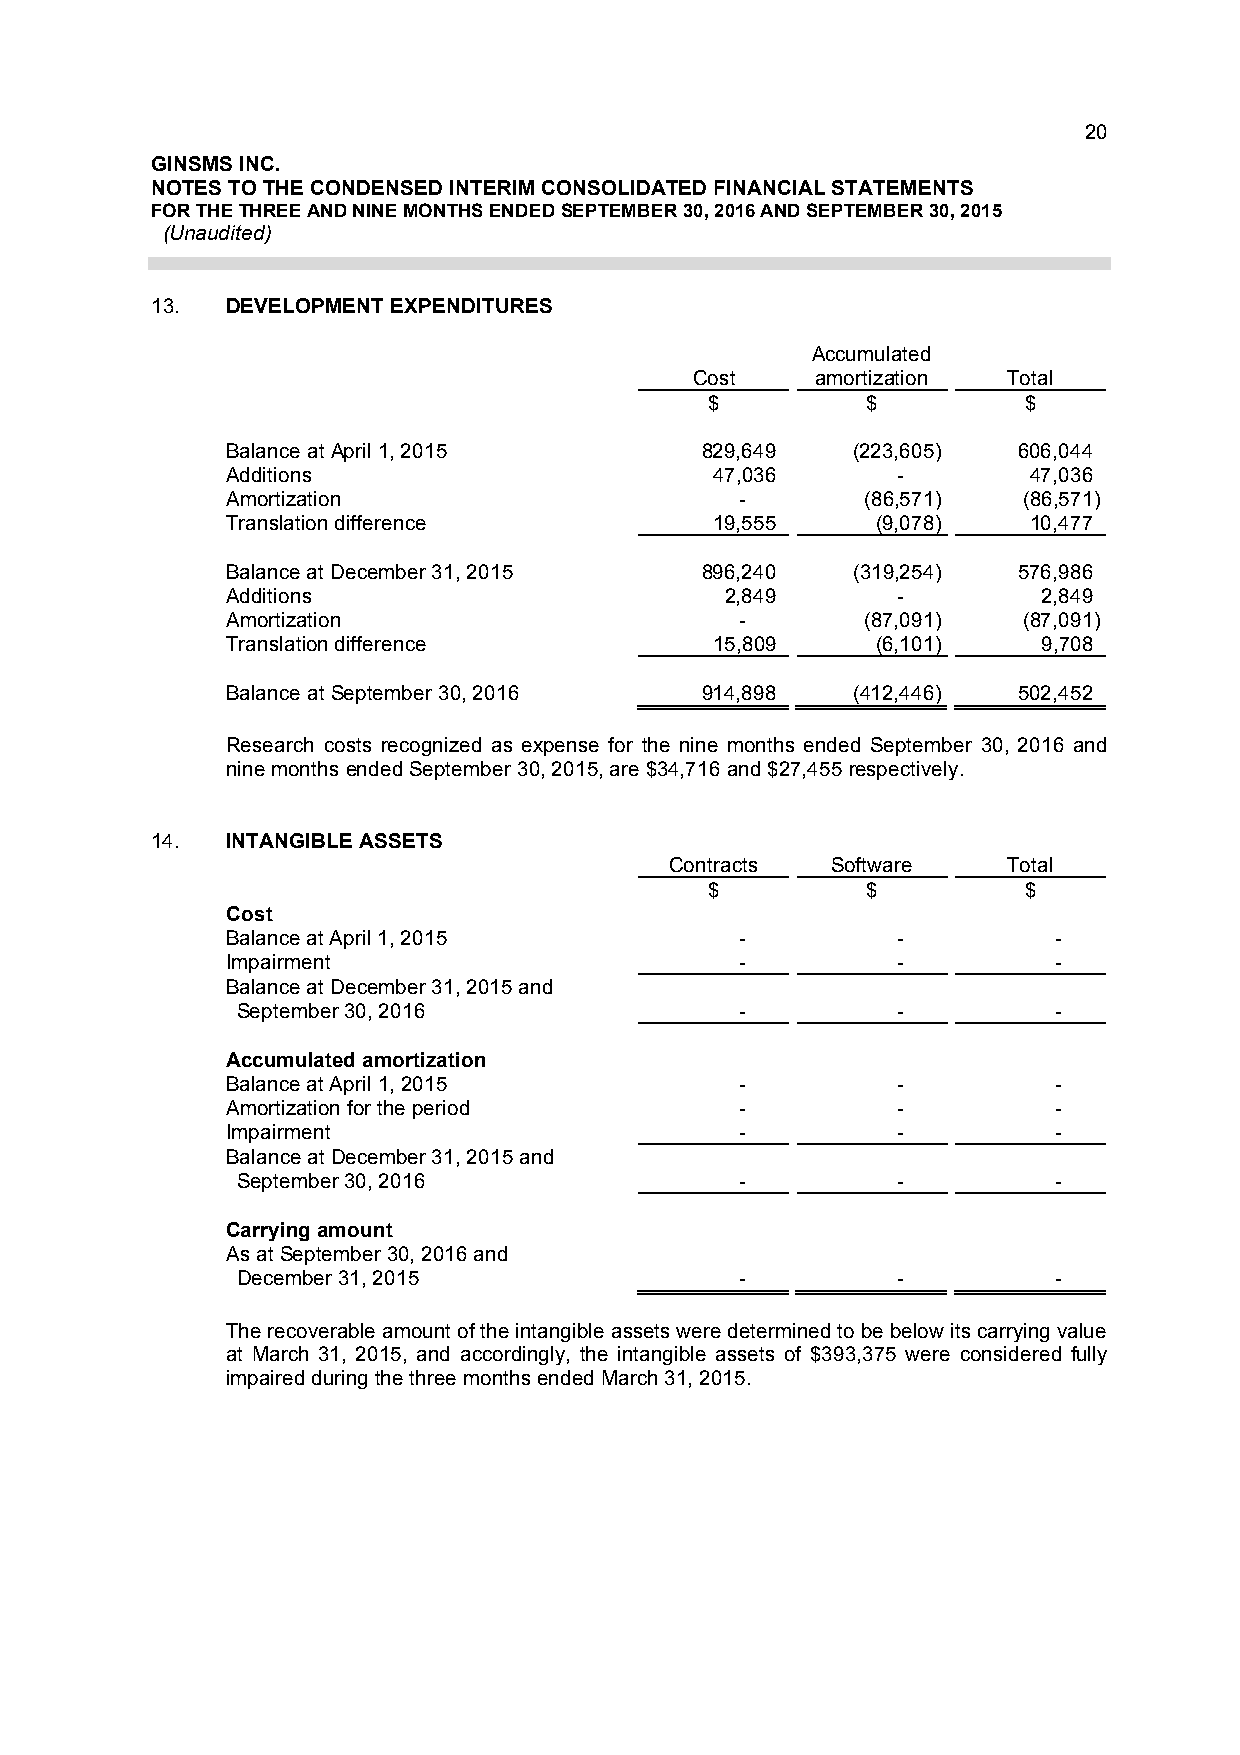
20
 GINSMS INC.
 NOTES TO THE CONDENSED INTERIM CONSOLIDATED FINANCIAL STATEMENTS
 FOR THE THREE AND NINE MONTHS ENDED SEPTEMBER 30, 2016 AND SEPTEMBER 30, 2015
 (Unaudited)
 13.  DEVELOPMENT EXPENDITURES
 Accumulated
 Cost    amortization Total
 $         $          $
 Balance at April 1, 2015       829,649   (223,605)  606,044
 Additions                       47,036      -        47,036
 Amortization                      -       (86,571)   (86,571)
 Translation difference          19,555     (9,078)   10,477
 Balance at December 31, 2015   896,240   (319,254)  576,986
 Additions                        2,849      -         2,849
 Amortization                      -       (87,091)   (87,091)
 Translation difference          15,809     (6,101)    9,708
 Balance at September 30, 2016  914,898   (412,446)  502,452
 Research costs recognized as expense for the nine months ended September 30, 2016 and
 nine months ended September 30, 2015, are $34,716 and $27,455 respectively.
 14.  INTANGIBLE ASSETS
 Contracts  Software    Total
 $         $          $
 Cost
 Balance at April 1, 2015          -         -          -
 Impairment                        -         -          -
 Balance at December 31, 2015 and
 September 30, 2016               -         -          -
 Accumulated amortization
 Balance at April 1, 2015          -         -          -
 Amortization for the period       -         -          -
 Impairment                        -         -          -
 Balance at December 31, 2015 and
 September 30, 2016               -         -          -
 Carrying amount
 As at September 30, 2016 and
 December 31, 2015                -         -          -
 The recoverable amount of the intangible assets were determined to be below its carrying value
 at March 31, 2015, and accordingly, the intangible assets of $393,375 were considered fully
 impaired during the three months ended March 31, 2015.